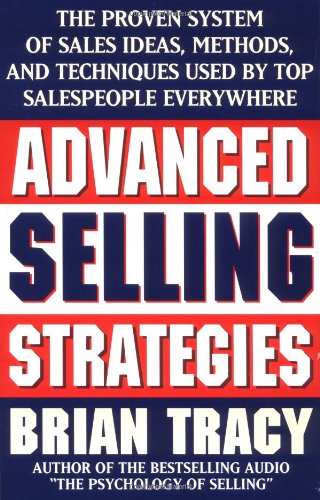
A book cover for Advanced Selling Strategies: The Proven System of Sales Ideas, Methods, and Techniques Used by Top Salespeople Everywhere; Brian Tracy; Business & Money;